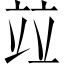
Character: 竝